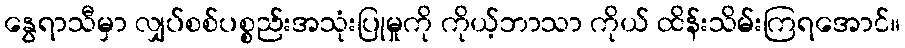
နွေရာသီမှာ လျှပ်စစ်ပစ္စည်းအသုံးပြုမှုကို ကိုယ့်ဘာသာ ကိုယ် ထိန်းသိမ်းကြရအောင်။